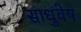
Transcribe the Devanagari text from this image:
साधुवेष